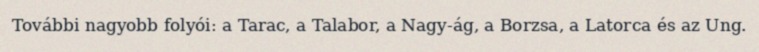
További nagyobb folyói: a Tarac, a Talabor, a Nagy-ág, a Borzsa, a Latorca és az Ung.